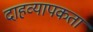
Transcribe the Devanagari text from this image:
दाहव्यापकता